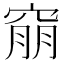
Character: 𥦜